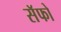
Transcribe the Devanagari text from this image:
सॅफो